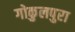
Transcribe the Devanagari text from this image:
गोकुलपुरा